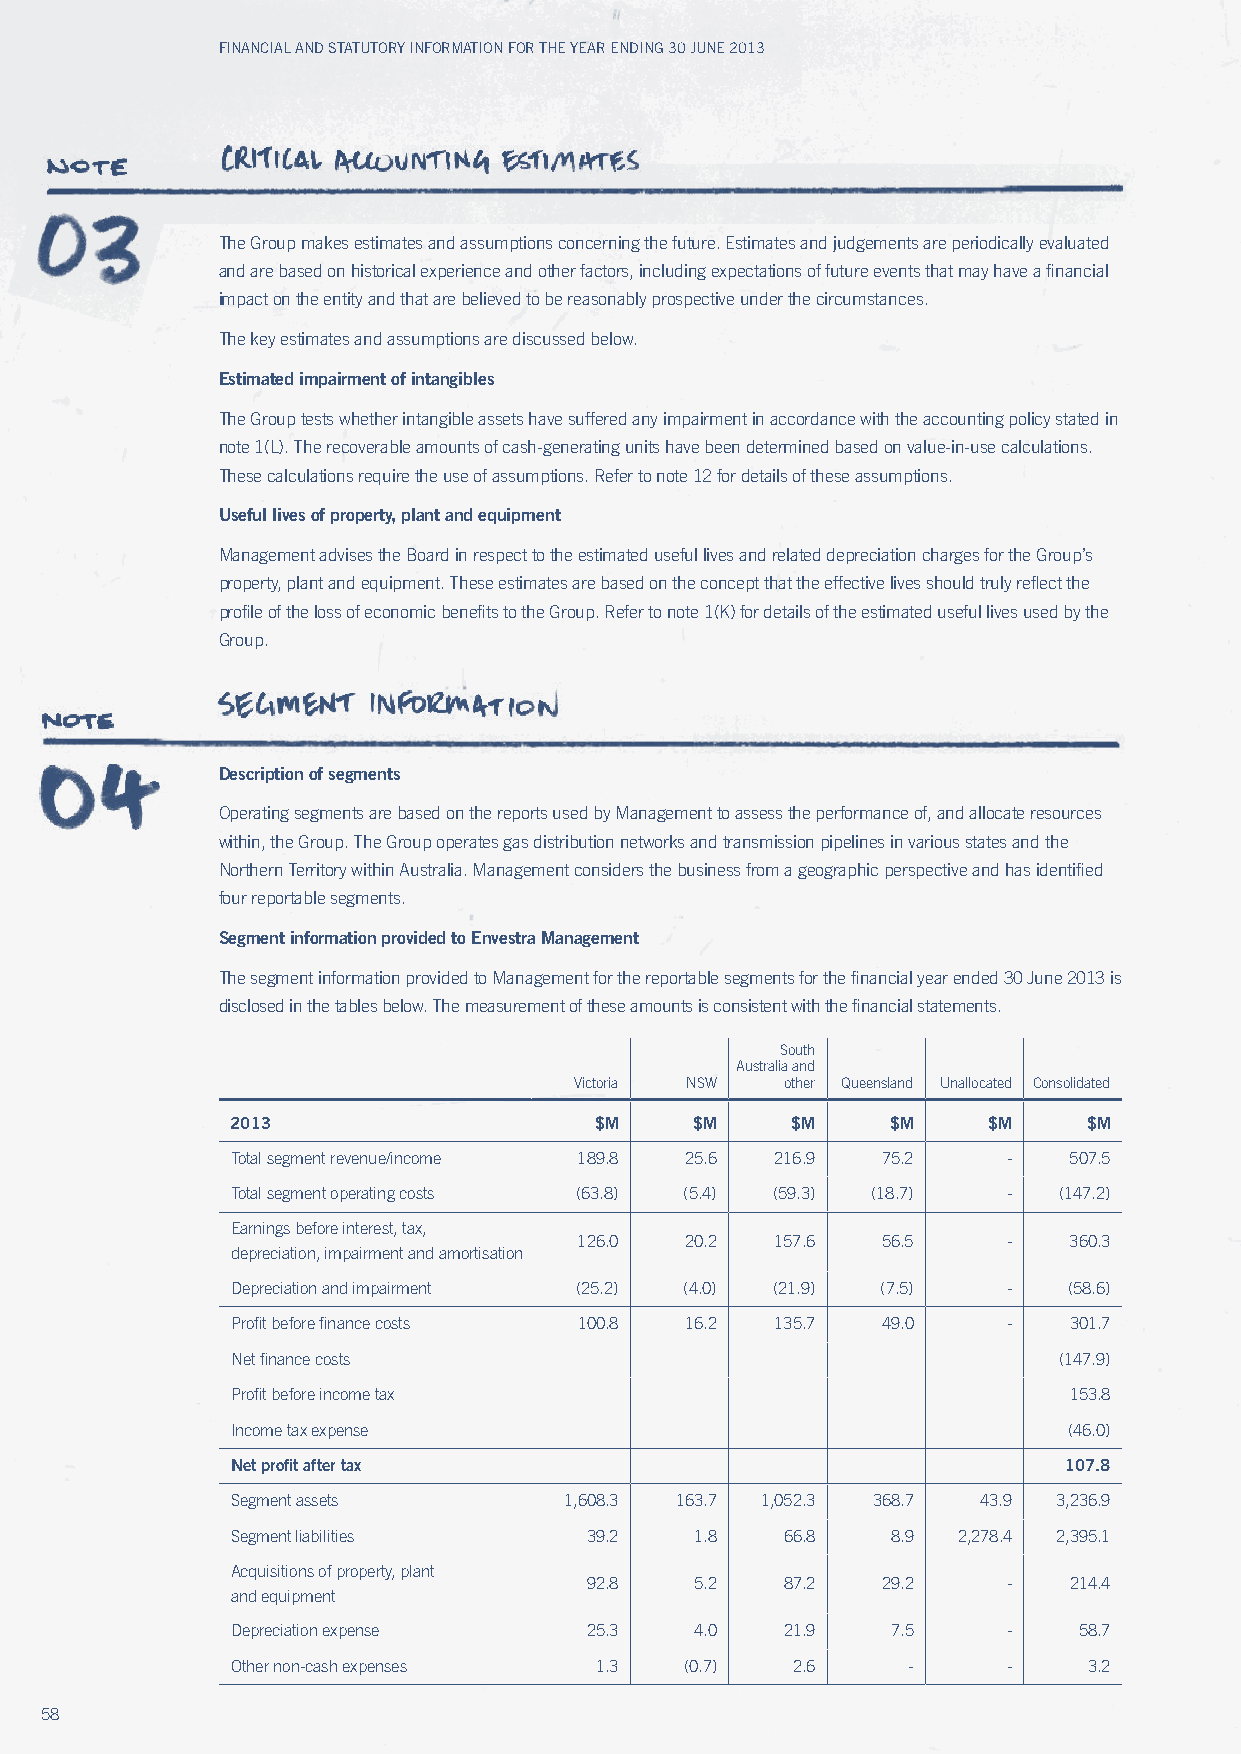
Financial and Statutory inFormation For the year ending 30 June 2013
 The Group makes estimates and assumptions concerning the future. Estimates and judgements are periodically evaluated
 and are based on historical experience and other factors, including expectations of future events that may have a financial
 impact on the entity and that are believed to be reasonably prospective under the circumstances.
 The key estimates and assumptions are discussed below.
 Estimated impairment of intangibles
 The Group tests whether intangible assets have suffered any impairment in accordance with the accounting policy stated in
 note 1(L). The recoverable amounts of cash-generating units have been determined based on value-in-use calculations.
 These calculations require the use of assumptions. Refer to note 12 for details of these assumptions.
 useful lives of property, plant and equipment
 Management advises the Board in respect to the estimated useful lives and related depreciation charges for the Group’s
 property, plant and equipment. These estimates are based on the concept that the effective lives should truly reflect the
 profile of the loss of economic benefits to the Group. Refer to note 1(K) for details of the estimated useful lives used by the
 Group.
 Description of segments
 Operating segments are based on the reports used by Management to assess the performance of, and allocate resources
 within, the Group. The Group operates gas distribution networks and transmission pipelines in various states and the
 Northern Territory within Australia. Management considers the business from a geographic perspective and has identified
 four reportable segments.
 Segment information provided to Envestra Management
 The segment information provided to Management for the reportable segments for the financial year ended 30 June 2013 is
 disclosed in the tables below. The measurement of these amounts is consistent with the financial statements.
 South
 Australia and
 victoria NSw  other Queensland unallocated Consolidated
 2013                    $M     $M    $M     $M    $M     $M
 Total segment revenue/income 189.8 25.6 216.9 75.2  -   507.5
 Total segment operating costs (63.8) (5.4) (59.3) (18.7) - (147.2)
 Earnings before interest, tax,
 126.0  20.2  157.6  56.5     -   360.3
 depreciation, impairment and amortisation
 Depreciation and impairment (25.2) (4.0) (21.9) (7.5) - (58.6)
 Profit before finance costs 100.8 16.2 135.7 49.0   -   301.7
 Net finance costs                                      (147.9)
 Profit before income tax                                153.8
 Income tax expense                                      (46.0)
 Net profit after tax                                   107.8
 Segment assets        1,608.3 163.7 1,052.3 368.7 43.9 3,236.9
 Segment liabilities     39.2   1.8   66.8   8.9 2,278.4 2,395.1
 Acquisitions of property, plant
 92.8   5.2   87.2  29.2     -   214.4
 and equipment
 Depreciation expense    25.3   4.0   21.9   7.5     -   58.7
 Other non-cash expenses 1.3   (0.7)  2.6     -      -    3.2
 58